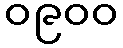
၀၉၀၀